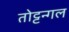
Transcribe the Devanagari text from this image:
तोट्टन्गल